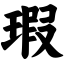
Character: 瑕